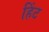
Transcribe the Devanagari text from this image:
हिंट